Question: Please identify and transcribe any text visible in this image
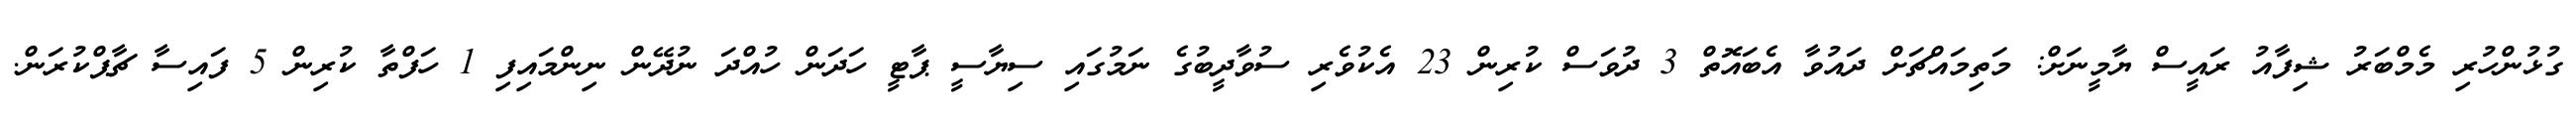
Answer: ގުޅުންހުރި މެމްބަރު ޝިފާއު ރައީސް ޔާމީނަށް: މަތިމައްޗަށް ދައުވާ އެބައޮތް 3 ދުވަސް ކުރިން 23 އެކުވެރި ސުވާދީބުގެ ނަމުގައި ސިޔާސީ ޕާޓީ ހަދަން ހުއްދަ ނުދޭން ނިންމައިފި 1 ހަފްތާ ކުރިން 5 ފައިސާ ޗާޕްކުރަން.